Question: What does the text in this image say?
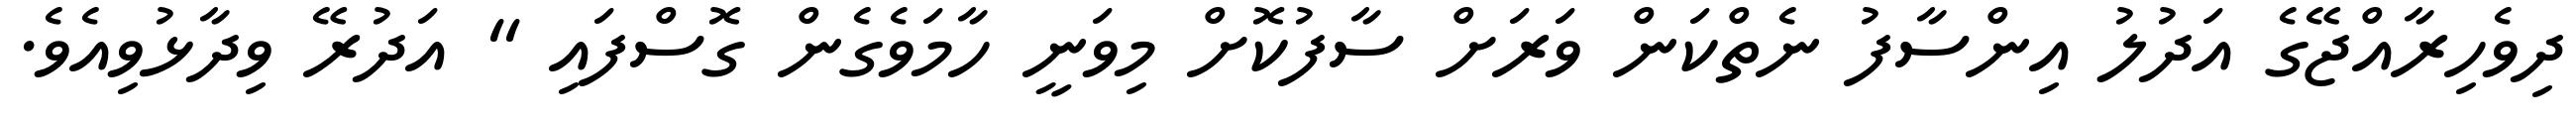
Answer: ދިވެހިރާއްޖޭގެ އަދުލު އިންސާފު ނެތްކަން ވަރަށް ސާފުކޮށް މިވަނީ ހާމަވެގެން ގޮސްފައި " އަދުރޭ ވިދާޅުވިއެވެ.